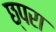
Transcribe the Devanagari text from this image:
छ्परा